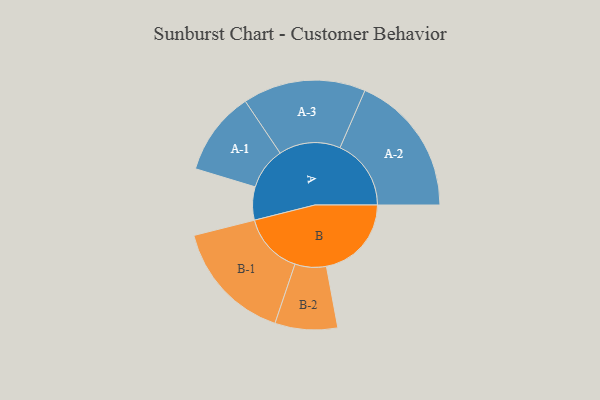
{"axis": {"x": "Segment", "y": "Value"}, "legend": ["", "A", "B"], "data": [{"x": "A", "y": 124, "type": ""}, {"x": "B", "y": 318, "type": ""}, {"x": "A-1", "y": 157, "type": "A"}, {"x": "A-2", "y": 266, "type": "A"}, {"x": "A-3", "y": 230, "type": "A"}, {"x": "B-1", "y": 229, "type": "B"}, {"x": "B-2", "y": 117, "type": "B"}]}